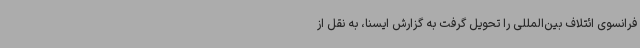
فرانسوی ائتلاف بین‌المللی را تحویل گرفت به گزارش ایسنا، به نقل از